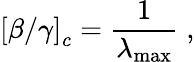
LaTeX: \left[\beta/\gamma\right]_{c}=\frac{1}{\lambda_{\operatorname*{max}}}\; ,